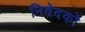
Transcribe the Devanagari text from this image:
निवेदकों